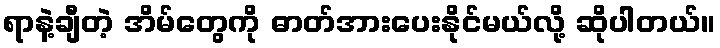
ရာနဲ့ချီတဲ့ အိမ်တွေကို ဓာတ်အားပေးနိုင်မယ်လို့ ဆိုပါတယ်။